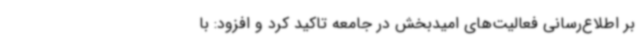
بر اطلاع‌رسانی فعالیت‌های امیدبخش در جامعه تاکید کرد و افزود: با